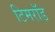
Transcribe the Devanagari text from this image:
टिमरॉड